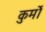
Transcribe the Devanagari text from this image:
कुर्मो